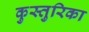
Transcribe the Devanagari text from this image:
कुस्तुरिका